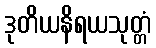
ဒုတိယနိရယသုတ္တံ